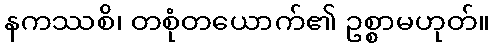
နကဿစိ၊ တစုံတယောက်၏ ဥစ္စာမဟုတ်။